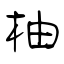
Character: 柚